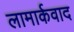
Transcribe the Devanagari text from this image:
लामार्कवाद